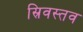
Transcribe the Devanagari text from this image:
स्रिवस्तव